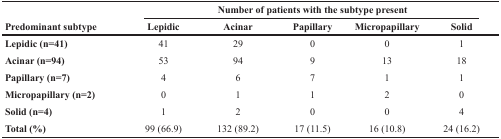
| <ROWSPAN=2> Predominant subtype | <COLSPAN=5> Number of patients with the subtype present |
 | Lepidic | Acinar | Papillary | Micropapillary | Solid |
 | --- | --- | --- | --- | --- | --- |
 | Lepidic (n=41) | 41 | 29 | 0 | 0 | 1 |
 | Acinar (n=94) | 53 | 94 | 9 | 13 | 18 |
 | Papillary (n=7) | 4 | 6 | 7 | 1 | 1 |
 | Micropapillary (n=2) | 0 | 1 | 1 | 2 | 0 |
 | Solid (n=4) | 1 | 2 | 0 | 0 | 4 |
 | Total (%) | 99 (66.9) | 132 (89.2) | 17 (11.5) | 16 (10.8) | 24 (16.2) |